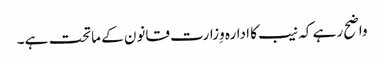
واضح رہے کہ نیب کا ادارہ وِزارت قانون کے ماتحت ہے۔